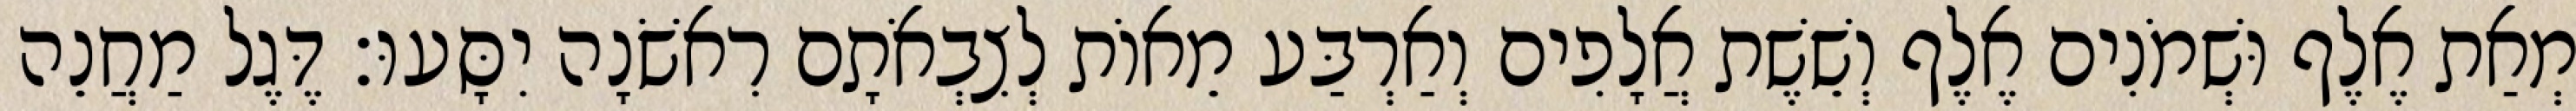
מְאַת אֶלֶף וּשְׁמֹנִים אֶלֶף וְשֵׁשֶׁת אֲלָפִים וְאַרְבַּע מֵאוֹת לְצִבְאֹתָם רִאשֹׁנָה יִסָּעוּ׃ דֶּגֶל מַחֲנֵה